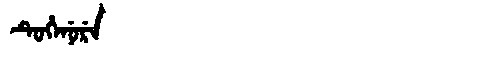
Manchu: ᡨᡠᡥᡝᠨᡠᡵᡝ
Romanization: TUHENURE